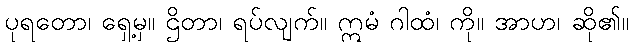
ပုရတော၊ ရှေ့မှ။ ဌိတာ၊ ရပ်လျက်။ ဣမံ ဂါထံ၊ ကို။ အာဟ၊ ဆို၏။